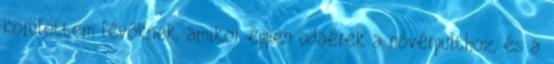
körülöttem lévőknek, amikor éppen odaérek a nővérpulthoz, és a